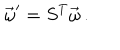
LaTeX: \vec { \omega } ^ { \prime } = S ^ { T } \vec { \omega } \, .